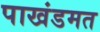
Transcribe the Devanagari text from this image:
पाखंडमत